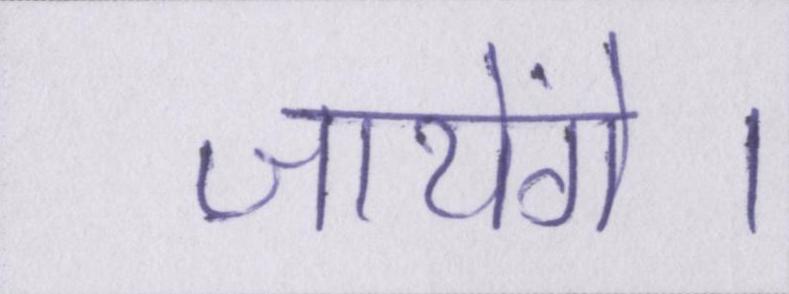
जायेंगे।